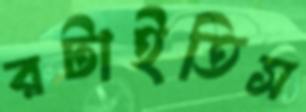
রটাইতিস